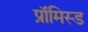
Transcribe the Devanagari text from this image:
प्रॉमिस्ड